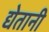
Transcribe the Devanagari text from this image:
द्येतानी